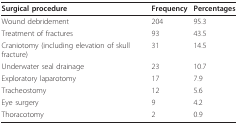
| Surgical procedure | Frequency | Percentages |
 | --- | --- | --- |
 | Wound debridement | 204 | 95.3 |
 | Treatment of fractures | 93 | 43.5 |
 | Craniotomy (including elevation of skull fracture) | 31 | 14.5 |
 | Underwater seal drainage | 23 | 10.7 |
 | Exploratory laparotomy | 17 | 7.9 |
 | Tracheostomy | 12 | 5.6 |
 | Eye surgery | 9 | 4.2 |
 | Thoracotomy | 2 | 0.9 |